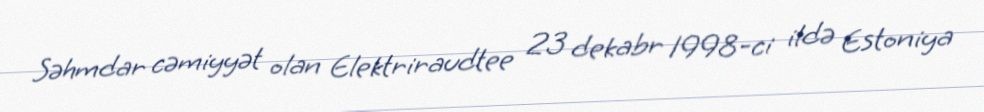
Səhmdar cəmiyyət olan Elektriraudtee 23 dekabr 1998-ci ildə Estoniya